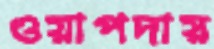
ওয়াপদায়